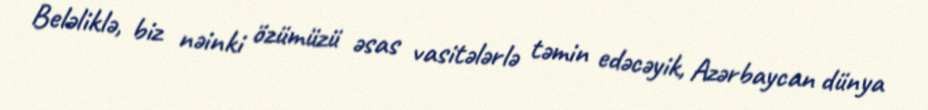
Beləliklə, biz nəinki özümüzü əsas vasitələrlə təmin edəcəyik, Azərbaycan dünya